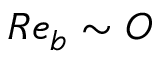
R e _ { b } \sim O